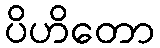
ပိဟိတော